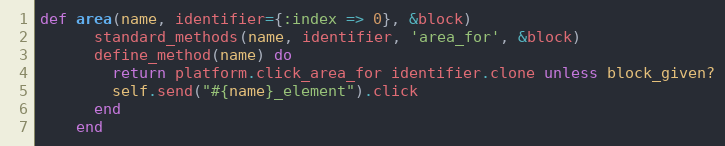
Language: Ruby
def area(name, identifier={:index => 0}, &block)
      standard_methods(name, identifier, 'area_for', &block)
      define_method(name) do
        return platform.click_area_for identifier.clone unless block_given?
        self.send("#{name}_element").click
      end
    end